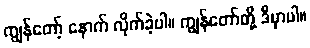
ကျွန်တော့် နောက် လိုက်ခဲ့ပါ။ ကျွန်တော်တို့ ဒီမှာပါ။